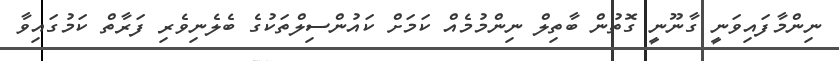
ނިންމާފައިވަނީ ގާނޫނީ ގޮތުން ބާތިލް ނިންމުމެއް ކަމަށް ކައުންސިލްތަކުގެ ބެލެނިވެރި ފަރާތް ކަމުގައިވާ